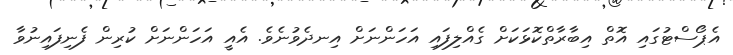
އެޕޯސްޓުގައި އޮތް އިބާރާތްކޮޅަކަށް ގެއްލިފައި އަހަންނަށް އިނދެވުނެވެ. އެއީ އަހަންނަށް ކުރިން ފެނިފައިނުވާ